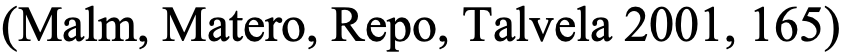
(Malm, Matero, Repo, Talvela 2001, 165)